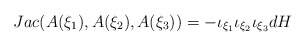
\begin{align*}Jac ( A(\xi_1),A(\xi_2),A(\xi_3))= - \iota_{\xi_1 }\iota_{\xi_2 }\iota_{\xi_3 }d H\end{align*}